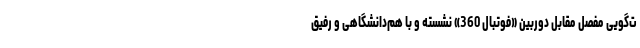
ت‌گویی مفصل مقابل دوربین «فوتبال 360» نشسته و با هم‌دانشگاهی و رفیق